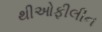
થીઓફીલીન